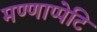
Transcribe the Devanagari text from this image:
मण्णाप्पेटि